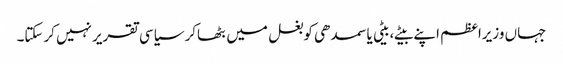
جہاں وزیراعظم اپنے بیٹے،بیٹی یا سمدھی کوبغل میں بٹھاکر سیاسی تقریرنہیں کرسکتا۔